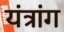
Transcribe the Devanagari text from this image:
यंत्रांग